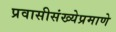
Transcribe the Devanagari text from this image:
प्रवासीसंख्येप्रमाणे